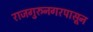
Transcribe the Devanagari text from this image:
राजगुरुनगरपासून